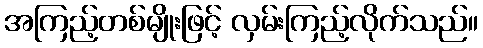
အကြည့်တစ်မျိုးဖြင့် လှမ်းကြည့်လိုက်သည်။